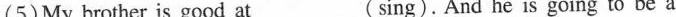
(5) My brother is good at___(sing).And he is going to be a